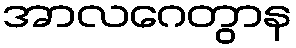
အာလဂေတွာန